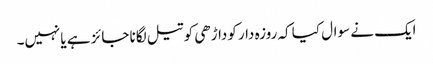
ایک نے سوال کیا کہ روزہ دار کوداڑھی کو تیل لگانا جائز ہے یانہیں۔